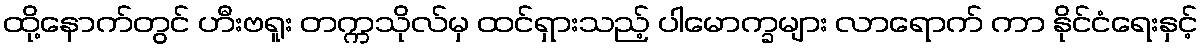
ထို့နောက်တွင် ဟီးဗရူး တက္ကသိုလ်မှ ထင်ရှားသည့် ပါမောက္ခများ လာရောက် ကာ နိုင်ငံရေးနှင့်